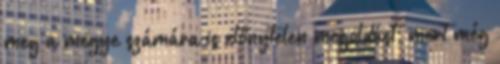
meg a megye számára is előnytelen megoldást, mert még